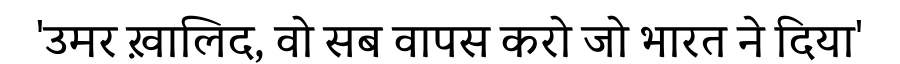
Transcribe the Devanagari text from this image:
'उमर ख़ालिद, वो सब वापस करो जो भारत ने दिया'